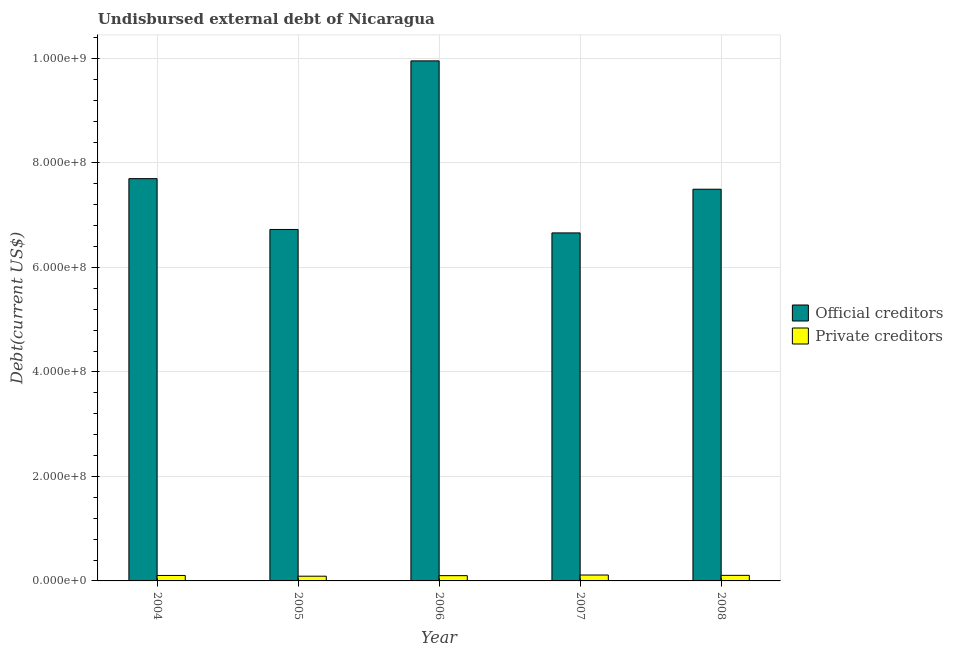
| Year | Official creditors | Private creditors |
 | --- | --- | --- |
 | 2004 | 7.7e+08 | 1.04e+07 |
 | 2005 | 6.73e+08 | 9.05e+06 |
 | 2006 | 9.95e+08 | 1.01e+07 |
 | 2007 | 6.66e+08 | 1.13e+07 |
 | 2008 | 7.5e+08 | 1.07e+07 |